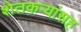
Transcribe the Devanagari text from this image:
शेतकर्‍यांसह